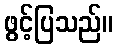
ဖွင့်ပြသည်။